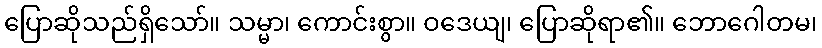
ပြောဆိုသည်ရှိသော်။ သမ္မာ၊ ကောင်းစွာ။ ဝဒေယျ၊ ပြောဆိုရာ၏။ ဘောဂေါတမ၊